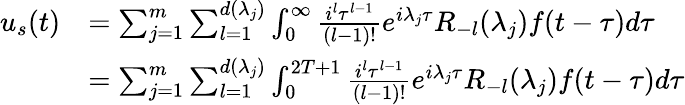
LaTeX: \begin{array}{rl}{u_{s}(t)}&{=\sum_{j=1}^{m}\sum_{l=1}^{d(\lambda_{j})}\int_{0}^{\infty}\frac{i^{l}\tau^{l-1}}{(l-1)!}e^{i\lambda_{j}\tau}R_{-l}(\lambda_{j})f(t-\tau)d\tau}\\ &{=\sum_{j=1}^{m}\sum_{l=1}^{d(\lambda_{j})}\int_{0}^{2T+1}\frac{i^{l}\tau^{l-1}}{(l-1)!}e^{i\lambda_{j}\tau}R_{-l}(\lambda_{j})f(t-\tau)d\tau}\end{array}